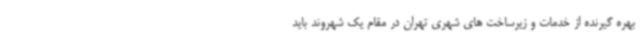
بهره گیرنده از خدمات و زیرساخت های شهری تهران در مقام یک شهروند باید